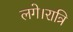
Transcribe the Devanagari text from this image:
लगे।रात्रि